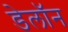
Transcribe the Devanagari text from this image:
डेलॉन